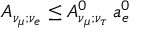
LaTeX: A _ { \nu _ { \mu } ; \nu _ { e } } \leq A _ { \nu _ { \mu } ; \nu _ { \tau } } ^ { 0 } \, a _ { e } ^ { 0 }